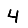
Digit: 4